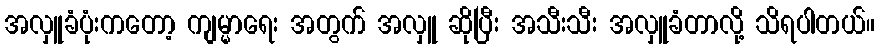
အလှူခံပုံးကတော့ ကျမ္မာရေး အတွက် အလှူ ဆိုပြီး အသီးသီး အလှူခံတာလို့ သိရပါတယ်။